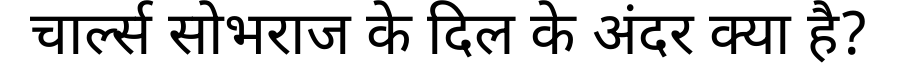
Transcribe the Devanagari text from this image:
चार्ल्स सोभराज के दिल के अंदर क्या है?